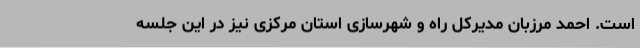
است. احمد مرزبان مدیرکل راه و شهرسازی استان مرکزی نیز در این جلسه